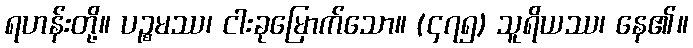
ရဟန်းတို့။ ပဉ္စမဿ၊ ငါးခုမြောက်သော။ (၄၇၅) သူရိယဿ၊ နေ၏။